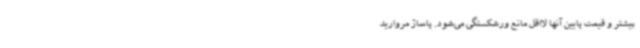
بیشتر و قیمت پایین آنها لااقل مانع ورشکستگی می‌شود. پاساژ مروارید